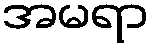
အမရာ